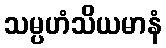
သမ္ပဟံသိယမာနံ